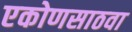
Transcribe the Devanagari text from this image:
एकोणसाठवा